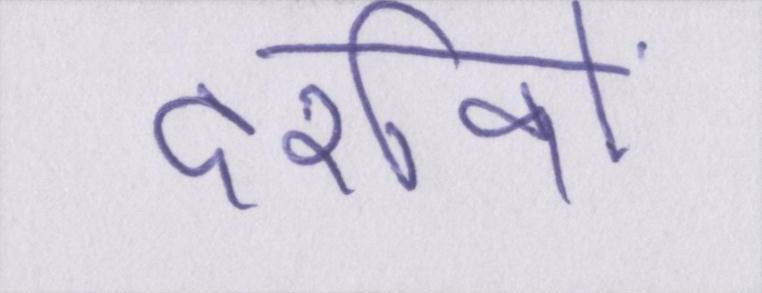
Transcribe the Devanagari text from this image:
दर्शकों